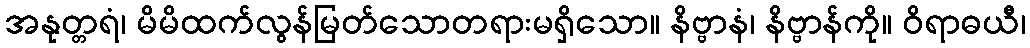
အနုတ္တရံ၊ မိမိထက်လွန်မြတ်သောတရားမရှိသော။ နိဗ္ဗာနံ၊ နိဗ္ဗာန်ကို။ ဝိရာဓယီ၊